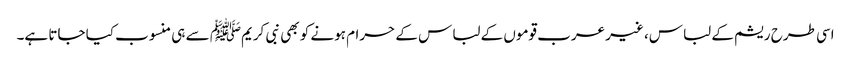
اسی طرح ریشم کے لباس، غیر عرب قوموں کے لباس کے حرام ہونے کو بھی نبی کریمﷺ سے ہی منسوب کیا جاتا ہے۔